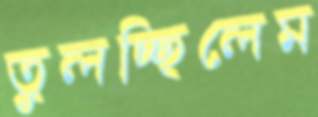
তুলচ্ছিলেম